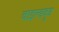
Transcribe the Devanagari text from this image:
वाइल्डवूड